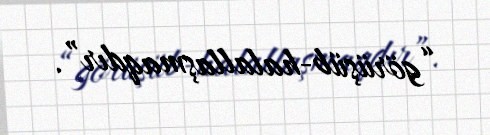
“görüşüb-halallaşmaqdır”.